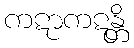
ကဋာကဋန္တိ